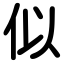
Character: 似